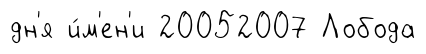
дн'я и́м'ен'и 20052007 Лобода